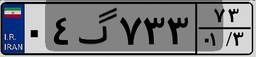
۴۷گ۸۳۲۳۳